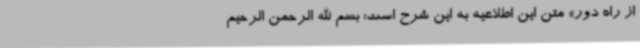
از راه دور» متن این اطلاعیه به این شرح است: بسم الله الرحمن الرحیم